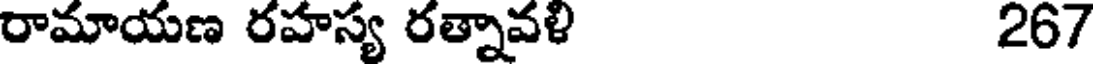
రామాయణ రహస్య రత్నావళి 267